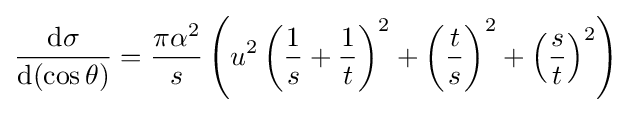
{\frac {\mathrm {d} \sigma }{\mathrm {d} (\cos \theta )}}={\frac {\pi \alpha ^{2}}{s}}\left(u^{2}\left({\frac {1}{s}}+{\frac {1}{t}}\right)^{2}+\left({\frac {t}{s}}\right)^{2}+\left({\frac {s}{t}}\right)^{2}\right)